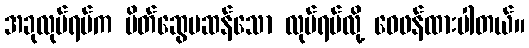
အခုလုပ်ရပ်က မိတ်ဆွေမဆန်သော လုပ်ရပ်လို့ ဝေဖန်ထားပါတယ်။